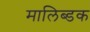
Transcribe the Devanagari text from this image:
मालिब्डक